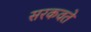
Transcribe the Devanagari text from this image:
सरकवते